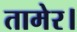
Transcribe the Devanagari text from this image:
तामेर।